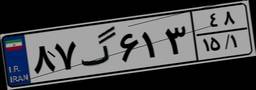
۷۳گ۰۹۰۱۱